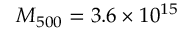
M _ { 5 0 0 } = 3 . 6 \times 1 0 ^ { 1 5 }